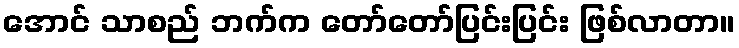
အောင် သာစည် ဘက်က တော်တော်ပြင်းပြင်း ဖြစ်လာတာ။